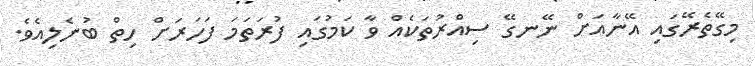
މިގޭތެރޭގައި އޭނާއަށް ނޭނގޭ ސިއްރުތަކެއް ވާ ކަމުގައި ފުރަތަމަ ފަހަރަށް ހިތް ބުނެލިއެވެ.